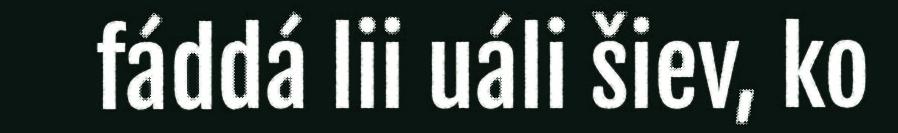
fáddá lii uáli šiev, ko